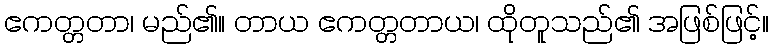
ဧကတ္တတာ၊ မည်၏။ တာယ ဧကတ္တတာယ၊ ထိုတူသည်၏ အဖြစ်ဖြင့်။